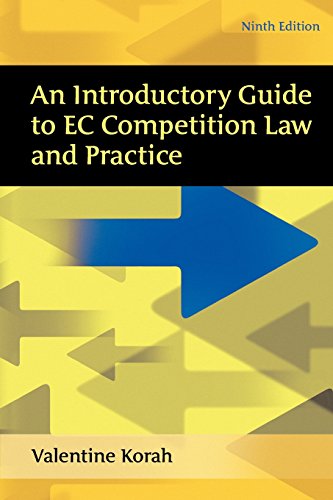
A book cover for An Introductory Guide to EC Competition Law and Practice: Ninth Edition; Valentine Korah; Law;